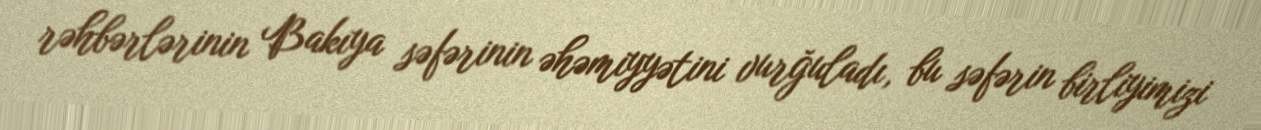
rəhbərlərinin Bakıya səfərinin əhəmiyyətini vurğuladı, bu səfərin birliyimizi